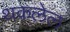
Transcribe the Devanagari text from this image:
थकलेल